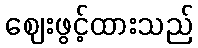
ဈေးဖွင့်ထားသည်